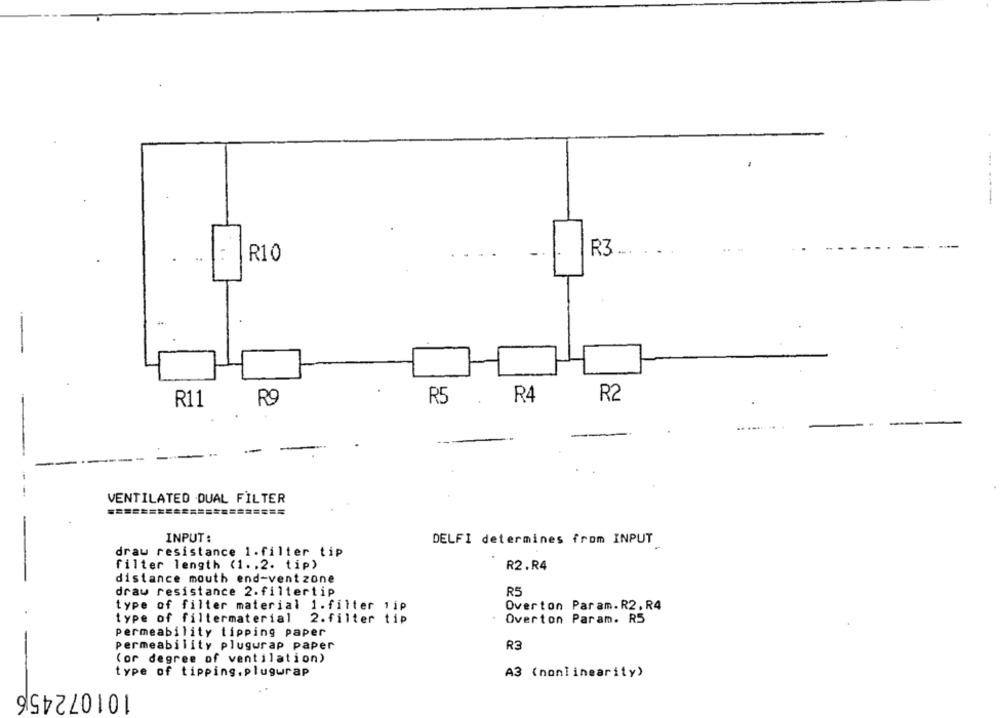
-
R3
R10
R11
R9
R5
R4
R2
--
VENTILATED DUAL FILTER
INPUT :
DELFI determines from INPUT
drau resistance 1.filter tip
filter length (1 .. 2. tip)
R2.R4
distance mouth end-vent zone
draw resistance 2.filtertip
R5
type of filter material 1.filter 1ip
Overton Param.R2. R4
type of filtermaterial 2.filter tip
2.filter tip
Overton Param. R5
permeability tipping paper
Permeability plugurap paper
R3
(or degree of ventilation)
type of tipping.plugwrap
A3 (nonlinearity)
101072456